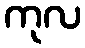
ကုလ